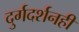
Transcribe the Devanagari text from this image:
दुर्गदर्शनही